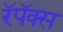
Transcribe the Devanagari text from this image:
रॅपॅक्स